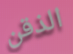
الذقن